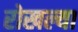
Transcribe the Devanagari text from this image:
रोखल्या